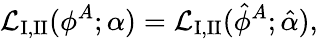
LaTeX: {\cal L}_{\mathrm{I,II}}(\phi^{A};\alpha)={\cal L}_{\mathrm{I,II}}(\hat{\phi}^{A};\hat{\alpha}),